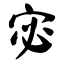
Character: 宓